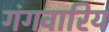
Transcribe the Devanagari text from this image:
गंगवारिय